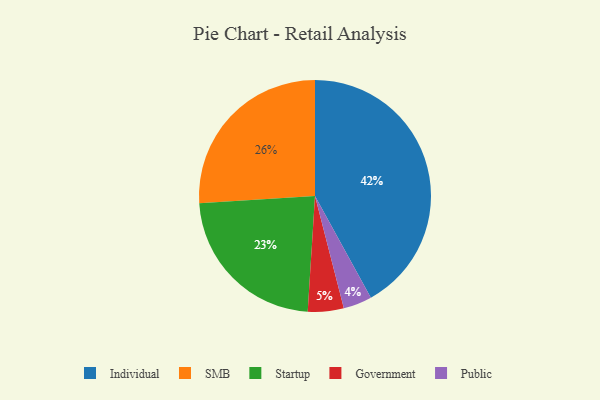
{"axis": {"x": "Category", "y": "Percentage"}, "legend": ["Government", "Individual", "Public", "SMB", "Startup"], "data": [{"x": "Public", "y": 4, "type": "Public"}, {"x": "Startup", "y": 23, "type": "Startup"}, {"x": "Government", "y": 5, "type": "Government"}, {"x": "Individual", "y": 42, "type": "Individual"}, {"x": "SMB", "y": 26, "type": "SMB"}]}